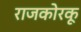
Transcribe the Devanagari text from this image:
राजकोरकू